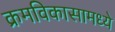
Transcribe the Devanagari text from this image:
क्रमविकासामध्ये